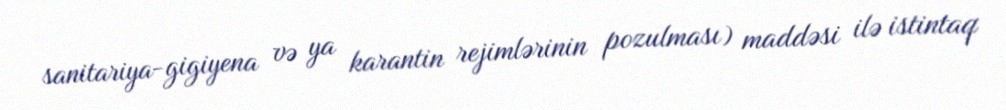
sanitariya-gigiyena və ya karantin rejimlərinin pozulması) maddəsi ilə istintaq